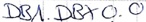
Text: DB1.DBX 0.0